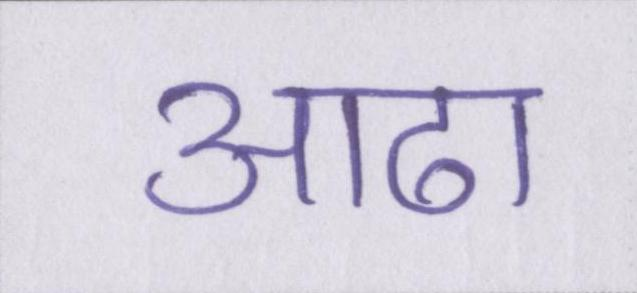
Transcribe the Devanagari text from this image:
आढा